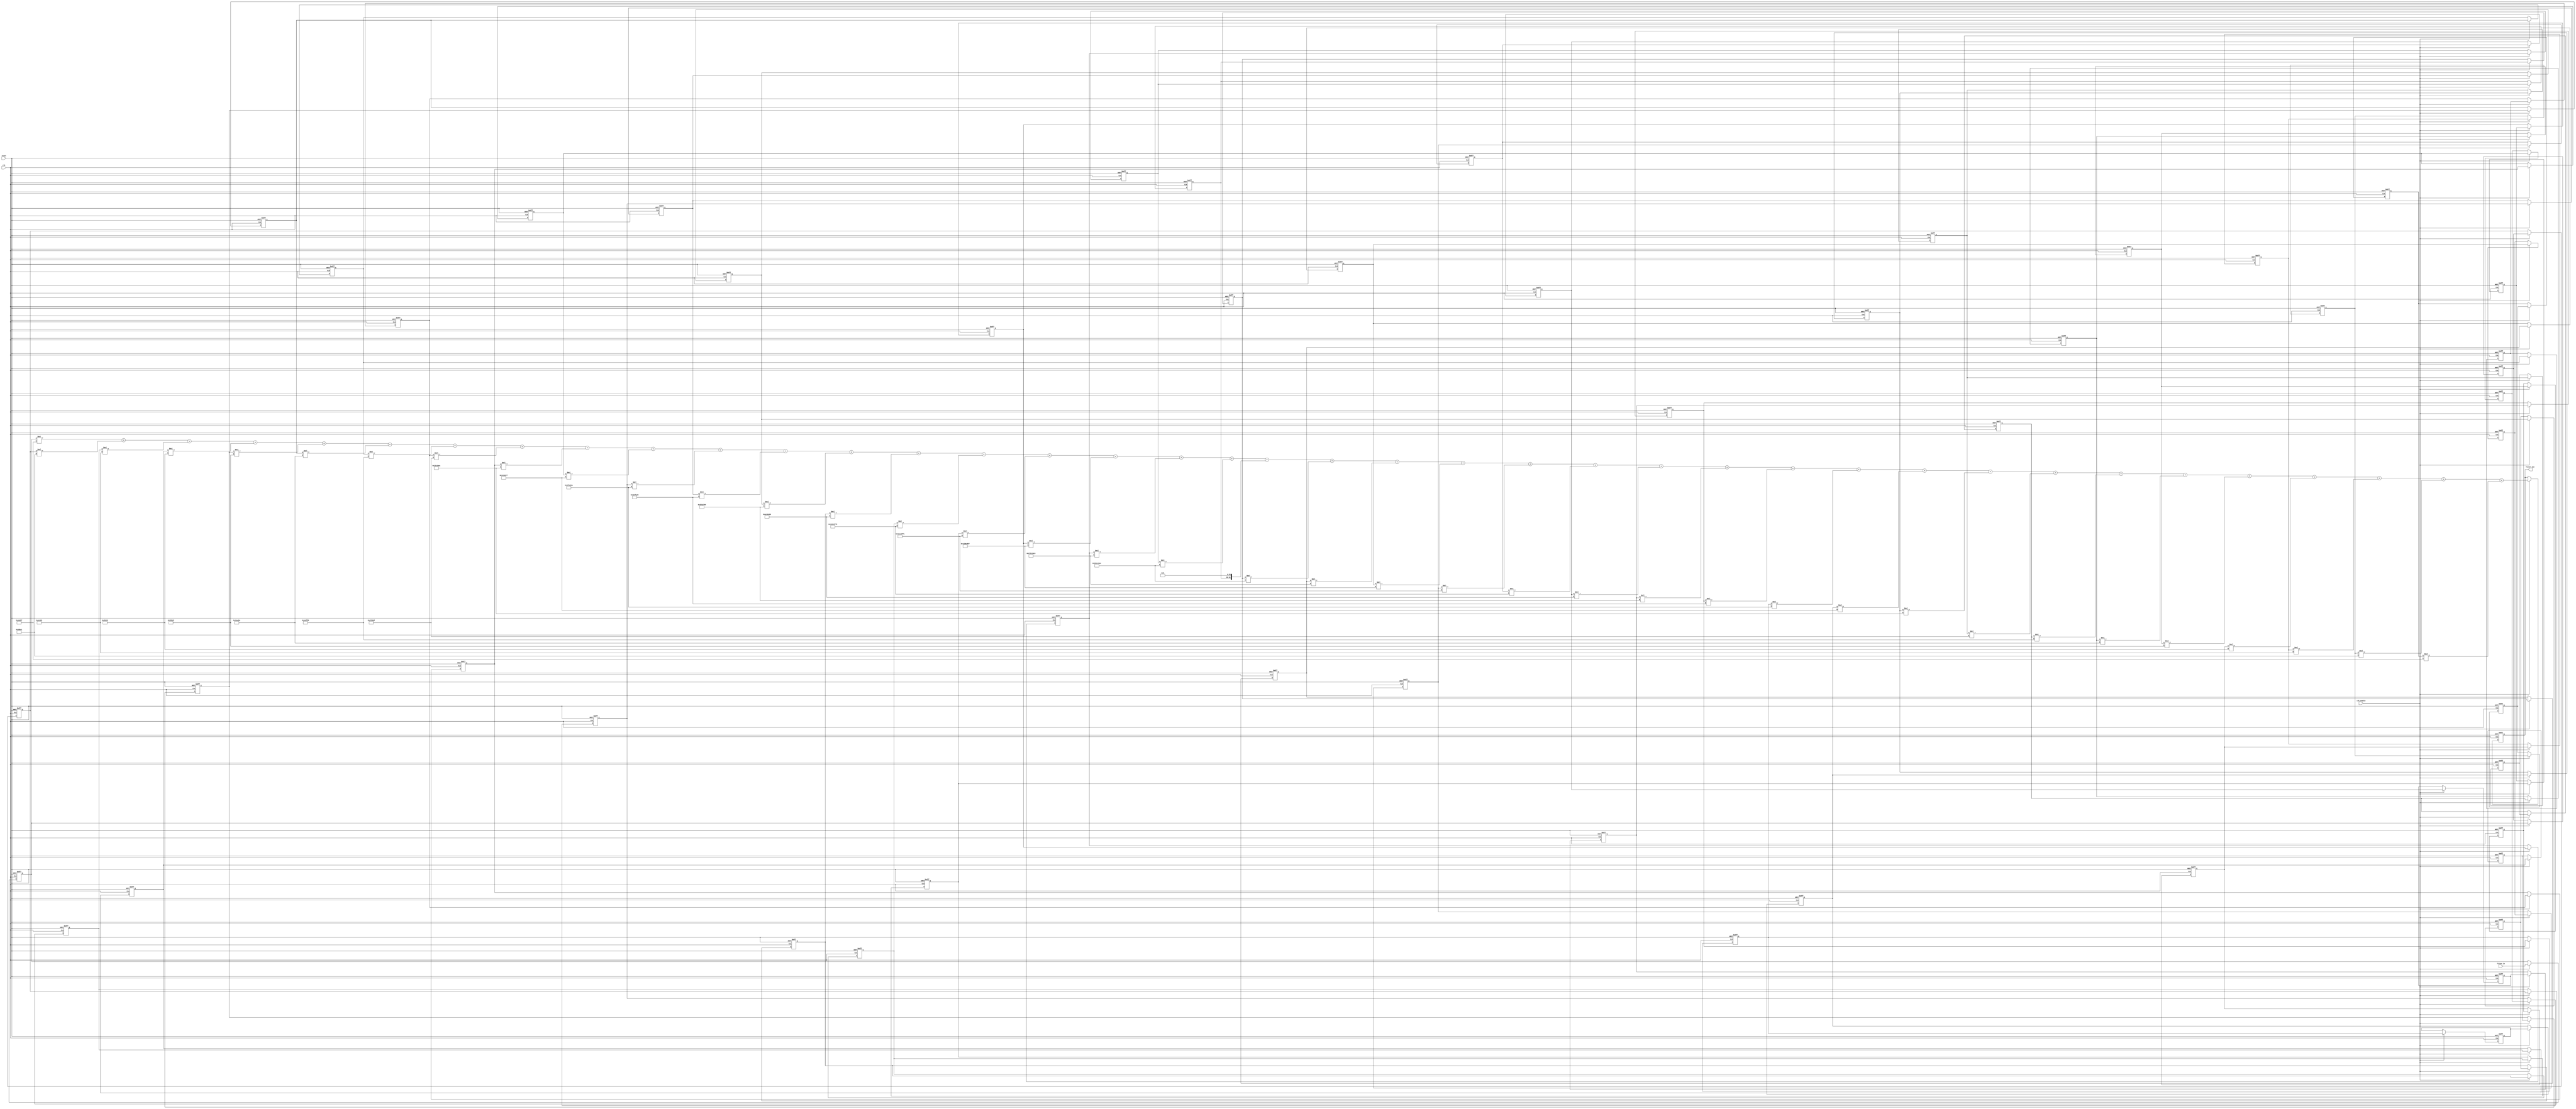
// -------------------------------------------------------------
//
// Module: FIR_RCos_2400Hz
// Generated by MATLAB(R) 9.12 and Filter Design HDL Coder 3.1.11.
// Generated on: 2023-04-26 16:52:19
// -------------------------------------------------------------

// -------------------------------------------------------------
// HDL Code Generation Options:
//
// TargetDirectory: FIR_RCos_2400Hz
// Name: FIR_RCos_2400Hz
// TargetLanguage: Verilog
// TestBenchStimulus: impulse step ramp chirp noise 
// GenerateHDLTestBench: off

// -------------------------------------------------------------
// HDL Implementation    : Fully parallel
// Folding Factor        : 1
// -------------------------------------------------------------




`timescale 1 ns / 1 ns

module FIR_RCos_2400Hz
               (
                clk,
                clk_enable,
                reset,
                filter_in,
                filter_out
                );

  input   clk; 
  input   clk_enable; 
  input   reset; 
  input   signed [31:0] filter_in; //sfix32_En31
  output  signed [64:0] filter_out; //sfix65_En63

////////////////////////////////////////////////////////////////
//Module Architecture: FIR_RCos_2400Hz
////////////////////////////////////////////////////////////////
  // Local Functions
  // Type Definitions
  // Constants
  parameter signed [31:0] coeff1 = 32'hFFFCA957; //sfix32_En32
  parameter signed [31:0] coeff2 = 32'h00000000; //sfix32_En32
  parameter signed [31:0] coeff3 = 32'h00039BC1; //sfix32_En32
  parameter signed [31:0] coeff4 = 32'h0004E361; //sfix32_En32
  parameter signed [31:0] coeff5 = 32'h00028412; //sfix32_En32
  parameter signed [31:0] coeff6 = 32'h00000000; //sfix32_En32
  parameter signed [31:0] coeff7 = 32'h00053545; //sfix32_En32
  parameter signed [31:0] coeff8 = 32'h0014A49A; //sfix32_En32
  parameter signed [31:0] coeff9 = 32'h001E0F56; //sfix32_En32
  parameter signed [31:0] coeff10 = 32'h00000000; //sfix32_En32
  parameter signed [31:0] coeff11 = 32'hFFA7066D; //sfix32_En32
  parameter signed [31:0] coeff12 = 32'hFF3C24EA; //sfix32_En32
  parameter signed [31:0] coeff13 = 32'hFF31B27F; //sfix32_En32
  parameter signed [31:0] coeff14 = 32'h00000000; //sfix32_En32
  parameter signed [31:0] coeff15 = 32'h019FA91A; //sfix32_En32
  parameter signed [31:0] coeff16 = 32'h0324FA25; //sfix32_En32
  parameter signed [31:0] coeff17 = 32'h02FE2769; //sfix32_En32
  parameter signed [31:0] coeff18 = 32'h00000000; //sfix32_En32
  parameter signed [31:0] coeff19 = 32'hFAC00488; //sfix32_En32
  parameter signed [31:0] coeff20 = 32'hF6364F79; //sfix32_En32
  parameter signed [31:0] coeff21 = 32'hF6CE2FFA; //sfix32_En32
  parameter signed [31:0] coeff22 = 32'h00000000; //sfix32_En32
  parameter signed [31:0] coeff23 = 32'h11B8C8B7; //sfix32_En32
  parameter signed [31:0] coeff24 = 32'h275115C3; //sfix32_En32
  parameter signed [31:0] coeff25 = 32'h391C24EC; //sfix32_En32
  parameter signed [31:0] coeff26 = 32'h40000000; //sfix32_En32
  parameter signed [31:0] coeff27 = 32'h391C24EC; //sfix32_En32
  parameter signed [31:0] coeff28 = 32'h275115C3; //sfix32_En32
  parameter signed [31:0] coeff29 = 32'h11B8C8B7; //sfix32_En32
  parameter signed [31:0] coeff30 = 32'h00000000; //sfix32_En32
  parameter signed [31:0] coeff31 = 32'hF6CE2FFA; //sfix32_En32
  parameter signed [31:0] coeff32 = 32'hF6364F79; //sfix32_En32
  parameter signed [31:0] coeff33 = 32'hFAC00488; //sfix32_En32
  parameter signed [31:0] coeff34 = 32'h00000000; //sfix32_En32
  parameter signed [31:0] coeff35 = 32'h02FE2769; //sfix32_En32
  parameter signed [31:0] coeff36 = 32'h0324FA25; //sfix32_En32
  parameter signed [31:0] coeff37 = 32'h019FA91A; //sfix32_En32
  parameter signed [31:0] coeff38 = 32'h00000000; //sfix32_En32
  parameter signed [31:0] coeff39 = 32'hFF31B27F; //sfix32_En32
  parameter signed [31:0] coeff40 = 32'hFF3C24EA; //sfix32_En32
  parameter signed [31:0] coeff41 = 32'hFFA7066D; //sfix32_En32
  parameter signed [31:0] coeff42 = 32'h00000000; //sfix32_En32
  parameter signed [31:0] coeff43 = 32'h001E0F56; //sfix32_En32
  parameter signed [31:0] coeff44 = 32'h0014A49A; //sfix32_En32
  parameter signed [31:0] coeff45 = 32'h00053545; //sfix32_En32
  parameter signed [31:0] coeff46 = 32'h00000000; //sfix32_En32
  parameter signed [31:0] coeff47 = 32'h00028412; //sfix32_En32
  parameter signed [31:0] coeff48 = 32'h0004E361; //sfix32_En32
  parameter signed [31:0] coeff49 = 32'h00039BC1; //sfix32_En32
  parameter signed [31:0] coeff50 = 32'h00000000; //sfix32_En32
  parameter signed [31:0] coeff51 = 32'hFFFCA957; //sfix32_En32

  // Signals
  reg  signed [31:0] delay_pipeline [0:50] ; // sfix32_En31
  wire signed [62:0] product51; // sfix63_En63
  wire signed [63:0] mul_temp; // sfix64_En63
  wire signed [62:0] product49; // sfix63_En63
  wire signed [63:0] mul_temp_1; // sfix64_En63
  wire signed [62:0] product48; // sfix63_En63
  wire signed [63:0] mul_temp_2; // sfix64_En63
  wire signed [62:0] product47; // sfix63_En63
  wire signed [63:0] mul_temp_3; // sfix64_En63
  wire signed [62:0] product45; // sfix63_En63
  wire signed [63:0] mul_temp_4; // sfix64_En63
  wire signed [62:0] product44; // sfix63_En63
  wire signed [63:0] mul_temp_5; // sfix64_En63
  wire signed [62:0] product43; // sfix63_En63
  wire signed [63:0] mul_temp_6; // sfix64_En63
  wire signed [62:0] product41; // sfix63_En63
  wire signed [63:0] mul_temp_7; // sfix64_En63
  wire signed [62:0] product40; // sfix63_En63
  wire signed [63:0] mul_temp_8; // sfix64_En63
  wire signed [62:0] product39; // sfix63_En63
  wire signed [63:0] mul_temp_9; // sfix64_En63
  wire signed [62:0] product37; // sfix63_En63
  wire signed [63:0] mul_temp_10; // sfix64_En63
  wire signed [62:0] product36; // sfix63_En63
  wire signed [63:0] mul_temp_11; // sfix64_En63
  wire signed [62:0] product35; // sfix63_En63
  wire signed [63:0] mul_temp_12; // sfix64_En63
  wire signed [62:0] product33; // sfix63_En63
  wire signed [63:0] mul_temp_13; // sfix64_En63
  wire signed [62:0] product32; // sfix63_En63
  wire signed [63:0] mul_temp_14; // sfix64_En63
  wire signed [62:0] product31; // sfix63_En63
  wire signed [63:0] mul_temp_15; // sfix64_En63
  wire signed [62:0] product29; // sfix63_En63
  wire signed [63:0] mul_temp_16; // sfix64_En63
  wire signed [62:0] product28; // sfix63_En63
  wire signed [63:0] mul_temp_17; // sfix64_En63
  wire signed [62:0] product27; // sfix63_En63
  wire signed [63:0] mul_temp_18; // sfix64_En63
  wire signed [62:0] product26; // sfix63_En63
  wire signed [62:0] product25; // sfix63_En63
  wire signed [63:0] mul_temp_19; // sfix64_En63
  wire signed [62:0] product24; // sfix63_En63
  wire signed [63:0] mul_temp_20; // sfix64_En63
  wire signed [62:0] product23; // sfix63_En63
  wire signed [63:0] mul_temp_21; // sfix64_En63
  wire signed [62:0] product21; // sfix63_En63
  wire signed [63:0] mul_temp_22; // sfix64_En63
  wire signed [62:0] product20; // sfix63_En63
  wire signed [63:0] mul_temp_23; // sfix64_En63
  wire signed [62:0] product19; // sfix63_En63
  wire signed [63:0] mul_temp_24; // sfix64_En63
  wire signed [62:0] product17; // sfix63_En63
  wire signed [63:0] mul_temp_25; // sfix64_En63
  wire signed [62:0] product16; // sfix63_En63
  wire signed [63:0] mul_temp_26; // sfix64_En63
  wire signed [62:0] product15; // sfix63_En63
  wire signed [63:0] mul_temp_27; // sfix64_En63
  wire signed [62:0] product13; // sfix63_En63
  wire signed [63:0] mul_temp_28; // sfix64_En63
  wire signed [62:0] product12; // sfix63_En63
  wire signed [63:0] mul_temp_29; // sfix64_En63
  wire signed [62:0] product11; // sfix63_En63
  wire signed [63:0] mul_temp_30; // sfix64_En63
  wire signed [62:0] product9; // sfix63_En63
  wire signed [63:0] mul_temp_31; // sfix64_En63
  wire signed [62:0] product8; // sfix63_En63
  wire signed [63:0] mul_temp_32; // sfix64_En63
  wire signed [62:0] product7; // sfix63_En63
  wire signed [63:0] mul_temp_33; // sfix64_En63
  wire signed [62:0] product5; // sfix63_En63
  wire signed [63:0] mul_temp_34; // sfix64_En63
  wire signed [62:0] product4; // sfix63_En63
  wire signed [63:0] mul_temp_35; // sfix64_En63
  wire signed [62:0] product3; // sfix63_En63
  wire signed [63:0] mul_temp_36; // sfix64_En63
  wire signed [64:0] product1_cast; // sfix65_En63
  wire signed [62:0] product1; // sfix63_En63
  wire signed [63:0] mul_temp_37; // sfix64_En63
  wire signed [64:0] sum1; // sfix65_En63
  wire signed [64:0] add_signext; // sfix65_En63
  wire signed [64:0] add_signext_1; // sfix65_En63
  wire signed [65:0] add_temp; // sfix66_En63
  wire signed [64:0] sum2; // sfix65_En63
  wire signed [64:0] add_signext_2; // sfix65_En63
  wire signed [64:0] add_signext_3; // sfix65_En63
  wire signed [65:0] add_temp_1; // sfix66_En63
  wire signed [64:0] sum3; // sfix65_En63
  wire signed [64:0] add_signext_4; // sfix65_En63
  wire signed [64:0] add_signext_5; // sfix65_En63
  wire signed [65:0] add_temp_2; // sfix66_En63
  wire signed [64:0] sum4; // sfix65_En63
  wire signed [64:0] add_signext_6; // sfix65_En63
  wire signed [64:0] add_signext_7; // sfix65_En63
  wire signed [65:0] add_temp_3; // sfix66_En63
  wire signed [64:0] sum5; // sfix65_En63
  wire signed [64:0] add_signext_8; // sfix65_En63
  wire signed [64:0] add_signext_9; // sfix65_En63
  wire signed [65:0] add_temp_4; // sfix66_En63
  wire signed [64:0] sum6; // sfix65_En63
  wire signed [64:0] add_signext_10; // sfix65_En63
  wire signed [64:0] add_signext_11; // sfix65_En63
  wire signed [65:0] add_temp_5; // sfix66_En63
  wire signed [64:0] sum7; // sfix65_En63
  wire signed [64:0] add_signext_12; // sfix65_En63
  wire signed [64:0] add_signext_13; // sfix65_En63
  wire signed [65:0] add_temp_6; // sfix66_En63
  wire signed [64:0] sum8; // sfix65_En63
  wire signed [64:0] add_signext_14; // sfix65_En63
  wire signed [64:0] add_signext_15; // sfix65_En63
  wire signed [65:0] add_temp_7; // sfix66_En63
  wire signed [64:0] sum9; // sfix65_En63
  wire signed [64:0] add_signext_16; // sfix65_En63
  wire signed [64:0] add_signext_17; // sfix65_En63
  wire signed [65:0] add_temp_8; // sfix66_En63
  wire signed [64:0] sum10; // sfix65_En63
  wire signed [64:0] add_signext_18; // sfix65_En63
  wire signed [64:0] add_signext_19; // sfix65_En63
  wire signed [65:0] add_temp_9; // sfix66_En63
  wire signed [64:0] sum11; // sfix65_En63
  wire signed [64:0] add_signext_20; // sfix65_En63
  wire signed [64:0] add_signext_21; // sfix65_En63
  wire signed [65:0] add_temp_10; // sfix66_En63
  wire signed [64:0] sum12; // sfix65_En63
  wire signed [64:0] add_signext_22; // sfix65_En63
  wire signed [64:0] add_signext_23; // sfix65_En63
  wire signed [65:0] add_temp_11; // sfix66_En63
  wire signed [64:0] sum13; // sfix65_En63
  wire signed [64:0] add_signext_24; // sfix65_En63
  wire signed [64:0] add_signext_25; // sfix65_En63
  wire signed [65:0] add_temp_12; // sfix66_En63
  wire signed [64:0] sum14; // sfix65_En63
  wire signed [64:0] add_signext_26; // sfix65_En63
  wire signed [64:0] add_signext_27; // sfix65_En63
  wire signed [65:0] add_temp_13; // sfix66_En63
  wire signed [64:0] sum15; // sfix65_En63
  wire signed [64:0] add_signext_28; // sfix65_En63
  wire signed [64:0] add_signext_29; // sfix65_En63
  wire signed [65:0] add_temp_14; // sfix66_En63
  wire signed [64:0] sum16; // sfix65_En63
  wire signed [64:0] add_signext_30; // sfix65_En63
  wire signed [64:0] add_signext_31; // sfix65_En63
  wire signed [65:0] add_temp_15; // sfix66_En63
  wire signed [64:0] sum17; // sfix65_En63
  wire signed [64:0] add_signext_32; // sfix65_En63
  wire signed [64:0] add_signext_33; // sfix65_En63
  wire signed [65:0] add_temp_16; // sfix66_En63
  wire signed [64:0] sum18; // sfix65_En63
  wire signed [64:0] add_signext_34; // sfix65_En63
  wire signed [64:0] add_signext_35; // sfix65_En63
  wire signed [65:0] add_temp_17; // sfix66_En63
  wire signed [64:0] sum19; // sfix65_En63
  wire signed [64:0] add_signext_36; // sfix65_En63
  wire signed [64:0] add_signext_37; // sfix65_En63
  wire signed [65:0] add_temp_18; // sfix66_En63
  wire signed [64:0] sum20; // sfix65_En63
  wire signed [64:0] add_signext_38; // sfix65_En63
  wire signed [64:0] add_signext_39; // sfix65_En63
  wire signed [65:0] add_temp_19; // sfix66_En63
  wire signed [64:0] sum21; // sfix65_En63
  wire signed [64:0] add_signext_40; // sfix65_En63
  wire signed [64:0] add_signext_41; // sfix65_En63
  wire signed [65:0] add_temp_20; // sfix66_En63
  wire signed [64:0] sum22; // sfix65_En63
  wire signed [64:0] add_signext_42; // sfix65_En63
  wire signed [64:0] add_signext_43; // sfix65_En63
  wire signed [65:0] add_temp_21; // sfix66_En63
  wire signed [64:0] sum23; // sfix65_En63
  wire signed [64:0] add_signext_44; // sfix65_En63
  wire signed [64:0] add_signext_45; // sfix65_En63
  wire signed [65:0] add_temp_22; // sfix66_En63
  wire signed [64:0] sum24; // sfix65_En63
  wire signed [64:0] add_signext_46; // sfix65_En63
  wire signed [64:0] add_signext_47; // sfix65_En63
  wire signed [65:0] add_temp_23; // sfix66_En63
  wire signed [64:0] sum25; // sfix65_En63
  wire signed [64:0] add_signext_48; // sfix65_En63
  wire signed [64:0] add_signext_49; // sfix65_En63
  wire signed [65:0] add_temp_24; // sfix66_En63
  wire signed [64:0] sum26; // sfix65_En63
  wire signed [64:0] add_signext_50; // sfix65_En63
  wire signed [64:0] add_signext_51; // sfix65_En63
  wire signed [65:0] add_temp_25; // sfix66_En63
  wire signed [64:0] sum27; // sfix65_En63
  wire signed [64:0] add_signext_52; // sfix65_En63
  wire signed [64:0] add_signext_53; // sfix65_En63
  wire signed [65:0] add_temp_26; // sfix66_En63
  wire signed [64:0] sum28; // sfix65_En63
  wire signed [64:0] add_signext_54; // sfix65_En63
  wire signed [64:0] add_signext_55; // sfix65_En63
  wire signed [65:0] add_temp_27; // sfix66_En63
  wire signed [64:0] sum29; // sfix65_En63
  wire signed [64:0] add_signext_56; // sfix65_En63
  wire signed [64:0] add_signext_57; // sfix65_En63
  wire signed [65:0] add_temp_28; // sfix66_En63
  wire signed [64:0] sum30; // sfix65_En63
  wire signed [64:0] add_signext_58; // sfix65_En63
  wire signed [64:0] add_signext_59; // sfix65_En63
  wire signed [65:0] add_temp_29; // sfix66_En63
  wire signed [64:0] sum31; // sfix65_En63
  wire signed [64:0] add_signext_60; // sfix65_En63
  wire signed [64:0] add_signext_61; // sfix65_En63
  wire signed [65:0] add_temp_30; // sfix66_En63
  wire signed [64:0] sum32; // sfix65_En63
  wire signed [64:0] add_signext_62; // sfix65_En63
  wire signed [64:0] add_signext_63; // sfix65_En63
  wire signed [65:0] add_temp_31; // sfix66_En63
  wire signed [64:0] sum33; // sfix65_En63
  wire signed [64:0] add_signext_64; // sfix65_En63
  wire signed [64:0] add_signext_65; // sfix65_En63
  wire signed [65:0] add_temp_32; // sfix66_En63
  wire signed [64:0] sum34; // sfix65_En63
  wire signed [64:0] add_signext_66; // sfix65_En63
  wire signed [64:0] add_signext_67; // sfix65_En63
  wire signed [65:0] add_temp_33; // sfix66_En63
  wire signed [64:0] sum35; // sfix65_En63
  wire signed [64:0] add_signext_68; // sfix65_En63
  wire signed [64:0] add_signext_69; // sfix65_En63
  wire signed [65:0] add_temp_34; // sfix66_En63
  wire signed [64:0] sum36; // sfix65_En63
  wire signed [64:0] add_signext_70; // sfix65_En63
  wire signed [64:0] add_signext_71; // sfix65_En63
  wire signed [65:0] add_temp_35; // sfix66_En63
  wire signed [64:0] sum37; // sfix65_En63
  wire signed [64:0] add_signext_72; // sfix65_En63
  wire signed [64:0] add_signext_73; // sfix65_En63
  wire signed [65:0] add_temp_36; // sfix66_En63
  wire signed [64:0] sum38; // sfix65_En63
  wire signed [64:0] add_signext_74; // sfix65_En63
  wire signed [64:0] add_signext_75; // sfix65_En63
  wire signed [65:0] add_temp_37; // sfix66_En63
  reg  signed [64:0] output_register; // sfix65_En63

  // Block Statements
  always @( posedge clk or posedge reset)
    begin: Delay_Pipeline_process
      if (reset == 1'b1) begin
        delay_pipeline[0] <= 0;
        delay_pipeline[1] <= 0;
        delay_pipeline[2] <= 0;
        delay_pipeline[3] <= 0;
        delay_pipeline[4] <= 0;
        delay_pipeline[5] <= 0;
        delay_pipeline[6] <= 0;
        delay_pipeline[7] <= 0;
        delay_pipeline[8] <= 0;
        delay_pipeline[9] <= 0;
        delay_pipeline[10] <= 0;
        delay_pipeline[11] <= 0;
        delay_pipeline[12] <= 0;
        delay_pipeline[13] <= 0;
        delay_pipeline[14] <= 0;
        delay_pipeline[15] <= 0;
        delay_pipeline[16] <= 0;
        delay_pipeline[17] <= 0;
        delay_pipeline[18] <= 0;
        delay_pipeline[19] <= 0;
        delay_pipeline[20] <= 0;
        delay_pipeline[21] <= 0;
        delay_pipeline[22] <= 0;
        delay_pipeline[23] <= 0;
        delay_pipeline[24] <= 0;
        delay_pipeline[25] <= 0;
        delay_pipeline[26] <= 0;
        delay_pipeline[27] <= 0;
        delay_pipeline[28] <= 0;
        delay_pipeline[29] <= 0;
        delay_pipeline[30] <= 0;
        delay_pipeline[31] <= 0;
        delay_pipeline[32] <= 0;
        delay_pipeline[33] <= 0;
        delay_pipeline[34] <= 0;
        delay_pipeline[35] <= 0;
        delay_pipeline[36] <= 0;
        delay_pipeline[37] <= 0;
        delay_pipeline[38] <= 0;
        delay_pipeline[39] <= 0;
        delay_pipeline[40] <= 0;
        delay_pipeline[41] <= 0;
        delay_pipeline[42] <= 0;
        delay_pipeline[43] <= 0;
        delay_pipeline[44] <= 0;
        delay_pipeline[45] <= 0;
        delay_pipeline[46] <= 0;
        delay_pipeline[47] <= 0;
        delay_pipeline[48] <= 0;
        delay_pipeline[49] <= 0;
        delay_pipeline[50] <= 0;
      end
      else begin
        if (clk_enable == 1'b1) begin
          delay_pipeline[0] <= filter_in;
          delay_pipeline[1] <= delay_pipeline[0];
          delay_pipeline[2] <= delay_pipeline[1];
          delay_pipeline[3] <= delay_pipeline[2];
          delay_pipeline[4] <= delay_pipeline[3];
          delay_pipeline[5] <= delay_pipeline[4];
          delay_pipeline[6] <= delay_pipeline[5];
          delay_pipeline[7] <= delay_pipeline[6];
          delay_pipeline[8] <= delay_pipeline[7];
          delay_pipeline[9] <= delay_pipeline[8];
          delay_pipeline[10] <= delay_pipeline[9];
          delay_pipeline[11] <= delay_pipeline[10];
          delay_pipeline[12] <= delay_pipeline[11];
          delay_pipeline[13] <= delay_pipeline[12];
          delay_pipeline[14] <= delay_pipeline[13];
          delay_pipeline[15] <= delay_pipeline[14];
          delay_pipeline[16] <= delay_pipeline[15];
          delay_pipeline[17] <= delay_pipeline[16];
          delay_pipeline[18] <= delay_pipeline[17];
          delay_pipeline[19] <= delay_pipeline[18];
          delay_pipeline[20] <= delay_pipeline[19];
          delay_pipeline[21] <= delay_pipeline[20];
          delay_pipeline[22] <= delay_pipeline[21];
          delay_pipeline[23] <= delay_pipeline[22];
          delay_pipeline[24] <= delay_pipeline[23];
          delay_pipeline[25] <= delay_pipeline[24];
          delay_pipeline[26] <= delay_pipeline[25];
          delay_pipeline[27] <= delay_pipeline[26];
          delay_pipeline[28] <= delay_pipeline[27];
          delay_pipeline[29] <= delay_pipeline[28];
          delay_pipeline[30] <= delay_pipeline[29];
          delay_pipeline[31] <= delay_pipeline[30];
          delay_pipeline[32] <= delay_pipeline[31];
          delay_pipeline[33] <= delay_pipeline[32];
          delay_pipeline[34] <= delay_pipeline[33];
          delay_pipeline[35] <= delay_pipeline[34];
          delay_pipeline[36] <= delay_pipeline[35];
          delay_pipeline[37] <= delay_pipeline[36];
          delay_pipeline[38] <= delay_pipeline[37];
          delay_pipeline[39] <= delay_pipeline[38];
          delay_pipeline[40] <= delay_pipeline[39];
          delay_pipeline[41] <= delay_pipeline[40];
          delay_pipeline[42] <= delay_pipeline[41];
          delay_pipeline[43] <= delay_pipeline[42];
          delay_pipeline[44] <= delay_pipeline[43];
          delay_pipeline[45] <= delay_pipeline[44];
          delay_pipeline[46] <= delay_pipeline[45];
          delay_pipeline[47] <= delay_pipeline[46];
          delay_pipeline[48] <= delay_pipeline[47];
          delay_pipeline[49] <= delay_pipeline[48];
          delay_pipeline[50] <= delay_pipeline[49];
        end
      end
    end // Delay_Pipeline_process


  assign mul_temp = delay_pipeline[50] * coeff51;
  assign product51 = mul_temp[62:0];

  assign mul_temp_1 = delay_pipeline[48] * coeff49;
  assign product49 = mul_temp_1[62:0];

  assign mul_temp_2 = delay_pipeline[47] * coeff48;
  assign product48 = mul_temp_2[62:0];

  assign mul_temp_3 = delay_pipeline[46] * coeff47;
  assign product47 = mul_temp_3[62:0];

  assign mul_temp_4 = delay_pipeline[44] * coeff45;
  assign product45 = mul_temp_4[62:0];

  assign mul_temp_5 = delay_pipeline[43] * coeff44;
  assign product44 = mul_temp_5[62:0];

  assign mul_temp_6 = delay_pipeline[42] * coeff43;
  assign product43 = mul_temp_6[62:0];

  assign mul_temp_7 = delay_pipeline[40] * coeff41;
  assign product41 = mul_temp_7[62:0];

  assign mul_temp_8 = delay_pipeline[39] * coeff40;
  assign product40 = mul_temp_8[62:0];

  assign mul_temp_9 = delay_pipeline[38] * coeff39;
  assign product39 = mul_temp_9[62:0];

  assign mul_temp_10 = delay_pipeline[36] * coeff37;
  assign product37 = mul_temp_10[62:0];

  assign mul_temp_11 = delay_pipeline[35] * coeff36;
  assign product36 = mul_temp_11[62:0];

  assign mul_temp_12 = delay_pipeline[34] * coeff35;
  assign product35 = mul_temp_12[62:0];

  assign mul_temp_13 = delay_pipeline[32] * coeff33;
  assign product33 = mul_temp_13[62:0];

  assign mul_temp_14 = delay_pipeline[31] * coeff32;
  assign product32 = mul_temp_14[62:0];

  assign mul_temp_15 = delay_pipeline[30] * coeff31;
  assign product31 = mul_temp_15[62:0];

  assign mul_temp_16 = delay_pipeline[28] * coeff29;
  assign product29 = mul_temp_16[62:0];

  assign mul_temp_17 = delay_pipeline[27] * coeff28;
  assign product28 = mul_temp_17[62:0];

  assign mul_temp_18 = delay_pipeline[26] * coeff27;
  assign product27 = mul_temp_18[62:0];

  assign product26 = $signed({delay_pipeline[25][31:0], 30'b000000000000000000000000000000});

  assign mul_temp_19 = delay_pipeline[24] * coeff25;
  assign product25 = mul_temp_19[62:0];

  assign mul_temp_20 = delay_pipeline[23] * coeff24;
  assign product24 = mul_temp_20[62:0];

  assign mul_temp_21 = delay_pipeline[22] * coeff23;
  assign product23 = mul_temp_21[62:0];

  assign mul_temp_22 = delay_pipeline[20] * coeff21;
  assign product21 = mul_temp_22[62:0];

  assign mul_temp_23 = delay_pipeline[19] * coeff20;
  assign product20 = mul_temp_23[62:0];

  assign mul_temp_24 = delay_pipeline[18] * coeff19;
  assign product19 = mul_temp_24[62:0];

  assign mul_temp_25 = delay_pipeline[16] * coeff17;
  assign product17 = mul_temp_25[62:0];

  assign mul_temp_26 = delay_pipeline[15] * coeff16;
  assign product16 = mul_temp_26[62:0];

  assign mul_temp_27 = delay_pipeline[14] * coeff15;
  assign product15 = mul_temp_27[62:0];

  assign mul_temp_28 = delay_pipeline[12] * coeff13;
  assign product13 = mul_temp_28[62:0];

  assign mul_temp_29 = delay_pipeline[11] * coeff12;
  assign product12 = mul_temp_29[62:0];

  assign mul_temp_30 = delay_pipeline[10] * coeff11;
  assign product11 = mul_temp_30[62:0];

  assign mul_temp_31 = delay_pipeline[8] * coeff9;
  assign product9 = mul_temp_31[62:0];

  assign mul_temp_32 = delay_pipeline[7] * coeff8;
  assign product8 = mul_temp_32[62:0];

  assign mul_temp_33 = delay_pipeline[6] * coeff7;
  assign product7 = mul_temp_33[62:0];

  assign mul_temp_34 = delay_pipeline[4] * coeff5;
  assign product5 = mul_temp_34[62:0];

  assign mul_temp_35 = delay_pipeline[3] * coeff4;
  assign product4 = mul_temp_35[62:0];

  assign mul_temp_36 = delay_pipeline[2] * coeff3;
  assign product3 = mul_temp_36[62:0];

  assign product1_cast = $signed({{2{product1[62]}}, product1});

  assign mul_temp_37 = delay_pipeline[0] * coeff1;
  assign product1 = mul_temp_37[62:0];

  assign add_signext = product1_cast;
  assign add_signext_1 = $signed({{2{product3[62]}}, product3});
  assign add_temp = add_signext + add_signext_1;
  assign sum1 = add_temp[64:0];

  assign add_signext_2 = sum1;
  assign add_signext_3 = $signed({{2{product4[62]}}, product4});
  assign add_temp_1 = add_signext_2 + add_signext_3;
  assign sum2 = add_temp_1[64:0];

  assign add_signext_4 = sum2;
  assign add_signext_5 = $signed({{2{product5[62]}}, product5});
  assign add_temp_2 = add_signext_4 + add_signext_5;
  assign sum3 = add_temp_2[64:0];

  assign add_signext_6 = sum3;
  assign add_signext_7 = $signed({{2{product7[62]}}, product7});
  assign add_temp_3 = add_signext_6 + add_signext_7;
  assign sum4 = add_temp_3[64:0];

  assign add_signext_8 = sum4;
  assign add_signext_9 = $signed({{2{product8[62]}}, product8});
  assign add_temp_4 = add_signext_8 + add_signext_9;
  assign sum5 = add_temp_4[64:0];

  assign add_signext_10 = sum5;
  assign add_signext_11 = $signed({{2{product9[62]}}, product9});
  assign add_temp_5 = add_signext_10 + add_signext_11;
  assign sum6 = add_temp_5[64:0];

  assign add_signext_12 = sum6;
  assign add_signext_13 = $signed({{2{product11[62]}}, product11});
  assign add_temp_6 = add_signext_12 + add_signext_13;
  assign sum7 = add_temp_6[64:0];

  assign add_signext_14 = sum7;
  assign add_signext_15 = $signed({{2{product12[62]}}, product12});
  assign add_temp_7 = add_signext_14 + add_signext_15;
  assign sum8 = add_temp_7[64:0];

  assign add_signext_16 = sum8;
  assign add_signext_17 = $signed({{2{product13[62]}}, product13});
  assign add_temp_8 = add_signext_16 + add_signext_17;
  assign sum9 = add_temp_8[64:0];

  assign add_signext_18 = sum9;
  assign add_signext_19 = $signed({{2{product15[62]}}, product15});
  assign add_temp_9 = add_signext_18 + add_signext_19;
  assign sum10 = add_temp_9[64:0];

  assign add_signext_20 = sum10;
  assign add_signext_21 = $signed({{2{product16[62]}}, product16});
  assign add_temp_10 = add_signext_20 + add_signext_21;
  assign sum11 = add_temp_10[64:0];

  assign add_signext_22 = sum11;
  assign add_signext_23 = $signed({{2{product17[62]}}, product17});
  assign add_temp_11 = add_signext_22 + add_signext_23;
  assign sum12 = add_temp_11[64:0];

  assign add_signext_24 = sum12;
  assign add_signext_25 = $signed({{2{product19[62]}}, product19});
  assign add_temp_12 = add_signext_24 + add_signext_25;
  assign sum13 = add_temp_12[64:0];

  assign add_signext_26 = sum13;
  assign add_signext_27 = $signed({{2{product20[62]}}, product20});
  assign add_temp_13 = add_signext_26 + add_signext_27;
  assign sum14 = add_temp_13[64:0];

  assign add_signext_28 = sum14;
  assign add_signext_29 = $signed({{2{product21[62]}}, product21});
  assign add_temp_14 = add_signext_28 + add_signext_29;
  assign sum15 = add_temp_14[64:0];

  assign add_signext_30 = sum15;
  assign add_signext_31 = $signed({{2{product23[62]}}, product23});
  assign add_temp_15 = add_signext_30 + add_signext_31;
  assign sum16 = add_temp_15[64:0];

  assign add_signext_32 = sum16;
  assign add_signext_33 = $signed({{2{product24[62]}}, product24});
  assign add_temp_16 = add_signext_32 + add_signext_33;
  assign sum17 = add_temp_16[64:0];

  assign add_signext_34 = sum17;
  assign add_signext_35 = $signed({{2{product25[62]}}, product25});
  assign add_temp_17 = add_signext_34 + add_signext_35;
  assign sum18 = add_temp_17[64:0];

  assign add_signext_36 = sum18;
  assign add_signext_37 = $signed({{2{product26[62]}}, product26});
  assign add_temp_18 = add_signext_36 + add_signext_37;
  assign sum19 = add_temp_18[64:0];

  assign add_signext_38 = sum19;
  assign add_signext_39 = $signed({{2{product27[62]}}, product27});
  assign add_temp_19 = add_signext_38 + add_signext_39;
  assign sum20 = add_temp_19[64:0];

  assign add_signext_40 = sum20;
  assign add_signext_41 = $signed({{2{product28[62]}}, product28});
  assign add_temp_20 = add_signext_40 + add_signext_41;
  assign sum21 = add_temp_20[64:0];

  assign add_signext_42 = sum21;
  assign add_signext_43 = $signed({{2{product29[62]}}, product29});
  assign add_temp_21 = add_signext_42 + add_signext_43;
  assign sum22 = add_temp_21[64:0];

  assign add_signext_44 = sum22;
  assign add_signext_45 = $signed({{2{product31[62]}}, product31});
  assign add_temp_22 = add_signext_44 + add_signext_45;
  assign sum23 = add_temp_22[64:0];

  assign add_signext_46 = sum23;
  assign add_signext_47 = $signed({{2{product32[62]}}, product32});
  assign add_temp_23 = add_signext_46 + add_signext_47;
  assign sum24 = add_temp_23[64:0];

  assign add_signext_48 = sum24;
  assign add_signext_49 = $signed({{2{product33[62]}}, product33});
  assign add_temp_24 = add_signext_48 + add_signext_49;
  assign sum25 = add_temp_24[64:0];

  assign add_signext_50 = sum25;
  assign add_signext_51 = $signed({{2{product35[62]}}, product35});
  assign add_temp_25 = add_signext_50 + add_signext_51;
  assign sum26 = add_temp_25[64:0];

  assign add_signext_52 = sum26;
  assign add_signext_53 = $signed({{2{product36[62]}}, product36});
  assign add_temp_26 = add_signext_52 + add_signext_53;
  assign sum27 = add_temp_26[64:0];

  assign add_signext_54 = sum27;
  assign add_signext_55 = $signed({{2{product37[62]}}, product37});
  assign add_temp_27 = add_signext_54 + add_signext_55;
  assign sum28 = add_temp_27[64:0];

  assign add_signext_56 = sum28;
  assign add_signext_57 = $signed({{2{product39[62]}}, product39});
  assign add_temp_28 = add_signext_56 + add_signext_57;
  assign sum29 = add_temp_28[64:0];

  assign add_signext_58 = sum29;
  assign add_signext_59 = $signed({{2{product40[62]}}, product40});
  assign add_temp_29 = add_signext_58 + add_signext_59;
  assign sum30 = add_temp_29[64:0];

  assign add_signext_60 = sum30;
  assign add_signext_61 = $signed({{2{product41[62]}}, product41});
  assign add_temp_30 = add_signext_60 + add_signext_61;
  assign sum31 = add_temp_30[64:0];

  assign add_signext_62 = sum31;
  assign add_signext_63 = $signed({{2{product43[62]}}, product43});
  assign add_temp_31 = add_signext_62 + add_signext_63;
  assign sum32 = add_temp_31[64:0];

  assign add_signext_64 = sum32;
  assign add_signext_65 = $signed({{2{product44[62]}}, product44});
  assign add_temp_32 = add_signext_64 + add_signext_65;
  assign sum33 = add_temp_32[64:0];

  assign add_signext_66 = sum33;
  assign add_signext_67 = $signed({{2{product45[62]}}, product45});
  assign add_temp_33 = add_signext_66 + add_signext_67;
  assign sum34 = add_temp_33[64:0];

  assign add_signext_68 = sum34;
  assign add_signext_69 = $signed({{2{product47[62]}}, product47});
  assign add_temp_34 = add_signext_68 + add_signext_69;
  assign sum35 = add_temp_34[64:0];

  assign add_signext_70 = sum35;
  assign add_signext_71 = $signed({{2{product48[62]}}, product48});
  assign add_temp_35 = add_signext_70 + add_signext_71;
  assign sum36 = add_temp_35[64:0];

  assign add_signext_72 = sum36;
  assign add_signext_73 = $signed({{2{product49[62]}}, product49});
  assign add_temp_36 = add_signext_72 + add_signext_73;
  assign sum37 = add_temp_36[64:0];

  assign add_signext_74 = sum37;
  assign add_signext_75 = $signed({{2{product51[62]}}, product51});
  assign add_temp_37 = add_signext_74 + add_signext_75;
  assign sum38 = add_temp_37[64:0];

  always @ (posedge clk or posedge reset)
    begin: Output_Register_process
      if (reset == 1'b1) begin
        output_register <= 0;
      end
      else begin
        if (clk_enable == 1'b1) begin
          output_register <= sum38;
        end
      end
    end // Output_Register_process

  // Assignment Statements
  assign filter_out = output_register;
endmodule  // FIR_RCos_2400Hz